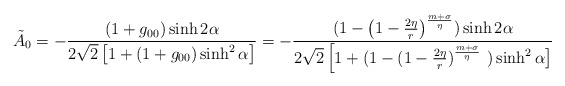
\begin{align*}\tilde A_{0} = - \frac{(1+g_{00})\sinh 2\alpha}{2\sqrt{2}\left [ 1+ (1+g_{00})\sinh^{2} \alpha\right ] } = -\frac{(1 - \left ( 1-\frac{2\eta}{r} \right )^{\frac{m+\sigma}{\eta}}) \sinh 2\alpha}{2\sqrt{2}\left [ 1+ (1- (1-\frac{2\eta}{r})^{\frac{m+\sigma}{\eta}} \right .\left .)\sinh^{2} \alpha \right ] }\end{align*}